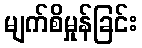
မျက်စိမှုန်ခြင်း